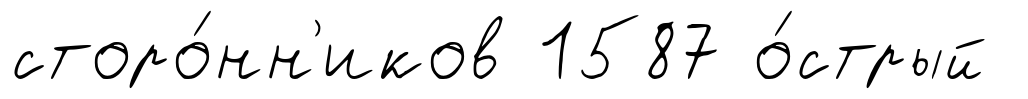
сторо́нн'иков 1587 о́стрый